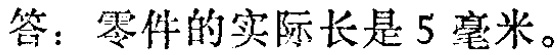
答：零件的实际长是5毫米。